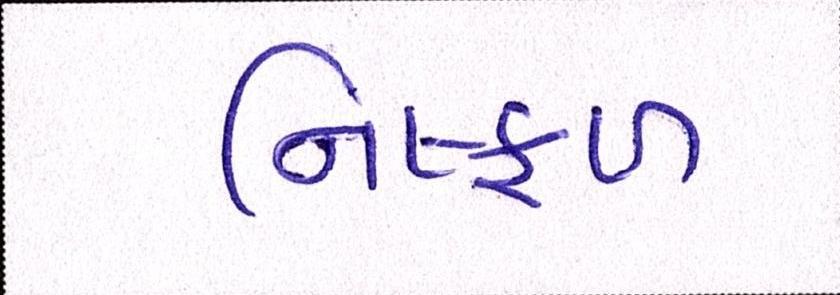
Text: નિષ્ફળ